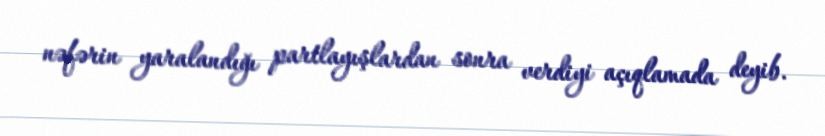
nəfərin yaralandığı partlayışlardan sonra verdiyi açıqlamada deyib.